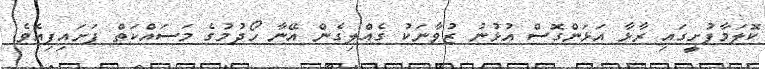
ކޮލަމާފުށީގައި ރާޅާ އަޅަންގޮސް އުޅުނު ޒުވާނަކު ގެއްލިގެން އޭނާ ހޯދުމުގެ މަސައްކަތް ފަށައިފިއެވެ.